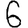
Digit: 6